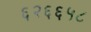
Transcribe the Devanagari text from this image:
६२६६५८